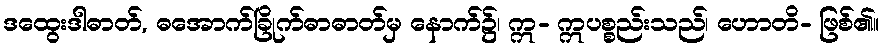
ဒထွေးဒါဓာတ်, ဓအောက်ခြိုက်ဓာဓာတ်မှ နောက်၌၊ ဣ- ဣပစ္စည်းသည်၊ ဟောတိ- ဖြစ်၏။